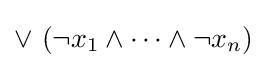
\lor ~(\neg x_{1}\land \cdots \land \neg x_{n})